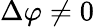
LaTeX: \Delta\varphi\not=0